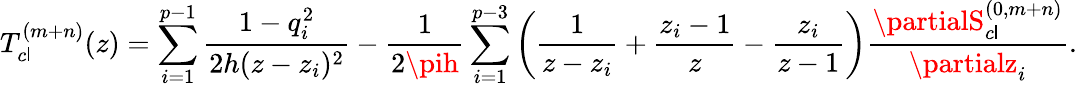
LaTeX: T_{c\mathsf{l}}^{(m+n)}(z)=\sum_{i=1}^{p-1}{\frac{{1-q_{i}^{2}}}{{2h(z-z_{i})^{2}}}}-{\frac{{1}}{{2\pih}}}\sum_{i=1}^{p-3}\left({\frac{{1}}{{z-z_{i}}}}+{\frac{{z_{i}-1}}{{z}}}-{\frac{{z_{i}}}{{z-1}}}\right){\frac{{\partialS_{c\mathsf{l}}^{(0,m+n)}}}{{\partialz_{i}}}}.